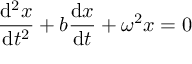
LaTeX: { \frac { \mathrm { d } ^ { 2 } x } { \mathrm { d } t ^ { 2 } } } + b { \frac { \mathrm { d } x } { \mathrm { d } t } } + \omega ^ { 2 } x = 0